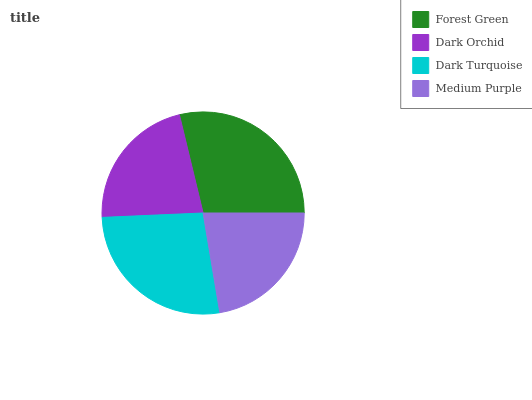
| Forest Green | Dark Orchid | Dark Turquoise | Medium Purple |
 | --- | --- | --- | --- |
 | 28.8% | 22% | 26.9% | 22.3% |